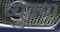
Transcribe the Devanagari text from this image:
व्युज्या